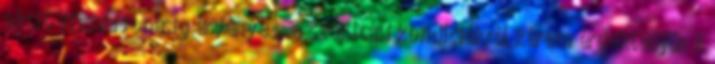
akció visszavonásig érvényes, a szállítási kondíciókról kérem érdeklődjön A